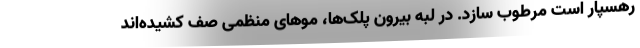
رهسپار است مرطوب سازد. در لبه بیرون پلک‌ها، موهای منظمی صف کشیده‌اند